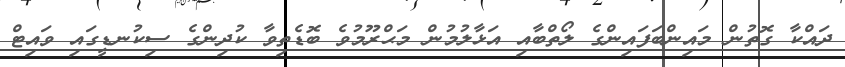
ދައްކާ ގޮތުން މައިންބަފައިންގެ ލޯތްބާއި އަޅާލުމުން މަޙްރޫމުވެ ބޮޑެތިވާ ކުދިންގެ ސިކުނޑީގައި ވައިޓް